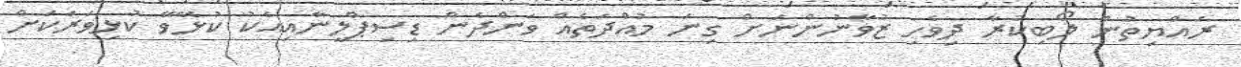
ރައްޔިތުން ލޯބިކުރާ ދިވެހި ޒުވާނުންނަށް ގިނަ މުއްދަތެއް ވަންދެން ޑިސިޕްލީނާއިއެކު ކުޅޭވޭ ކުޅިވަރަކަށް